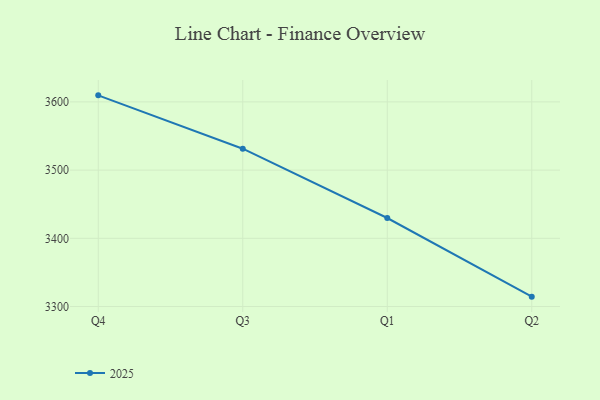
{"axis": {"x": "Quarter", "y": "Energy Usage (MWh)"}, "legend": ["2025"], "data": [{"x": "Q4", "y": 3609.6, "type": "2025"}, {"x": "Q3", "y": 3531.4, "type": "2025"}, {"x": "Q1", "y": 3429.8, "type": "2025"}, {"x": "Q2", "y": 3314.5, "type": "2025"}]}